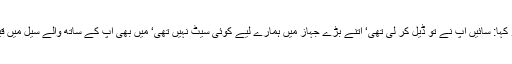
غوث علی شاہ نے موقع دیکھ کر نواز شریف کو کہا: سائیں آپ نے تو ڈیل کر لی تھی‘ اتنے بڑے جہاز میں ہمارے لیے کوئی سیٹ نہیں تھی‘ میں بھی آپ کے ساتھ والے سیل میں قید تھا‘ ہمیں بھی لے جاتے‘ کیا فرق پڑ جانا تھا۔